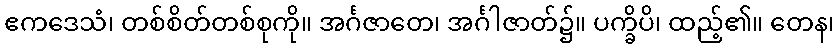
ဧကဒေသံ၊ တစ်စိတ်တစ်စုကို။ အင်္ဂဇာတေ၊ အင်္ဂါဇာတ်၌။ ပက္ခိပိ၊ ထည့်၏။ တေန၊